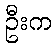
ဦးက